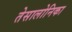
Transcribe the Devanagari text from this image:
तेसालोनिका